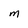
Character: M